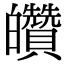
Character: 𤿀